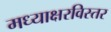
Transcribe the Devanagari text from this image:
मध्याक्षरविस्तर